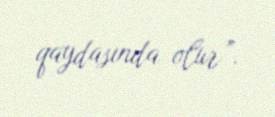
qaydasında olur”.